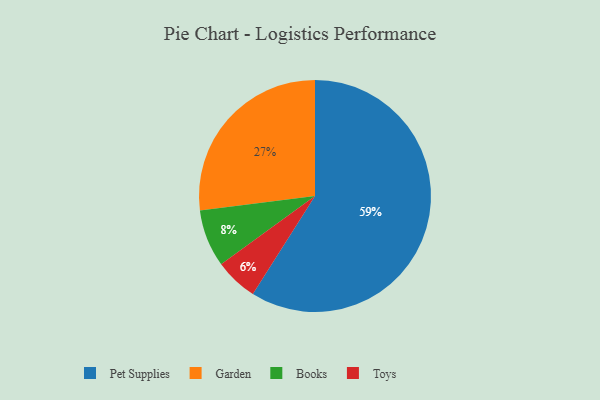
{"axis": {"x": "Category", "y": "Percentage"}, "legend": ["Books", "Garden", "Pet Supplies", "Toys"], "data": [{"x": "Books", "y": 8, "type": "Books"}, {"x": "Pet Supplies", "y": 59, "type": "Pet Supplies"}, {"x": "Toys", "y": 6, "type": "Toys"}, {"x": "Garden", "y": 27, "type": "Garden"}]}